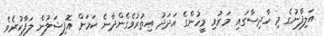
އަލިފާނުގެ މި ހާދިސާގައި މަރުވި މީހުންގެ އަދަދު އިތުރުވެގެންދާނެ ކަމަށް އޮފިޝަލުން ލަފާކުރެވެ